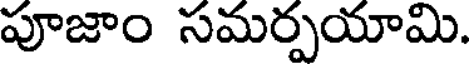
పూజాం సమర్పయామి.